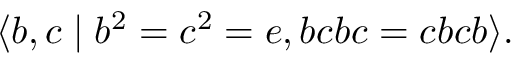
\langle b , c \mid b ^ { 2 } = c ^ { 2 } = e , b c b c = c b c b \rangle .